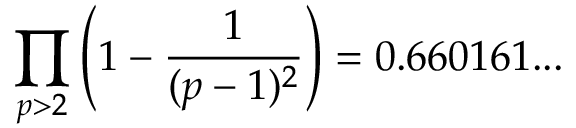
\prod _ { p > 2 } \left( 1 - { \frac { 1 } { ( p - 1 ) ^ { 2 } } } \right) = 0 . 6 6 0 1 6 1 . . .